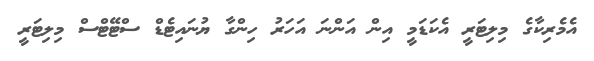
އެމެރިކާގެ މިލިޓަރީ އެކަޑަމީ އިން އަންނަ އަހަރު ހިންގާ ޔުނައިޓެޑް ސްޓޭޓްސް މިލިޓަރީ